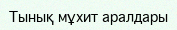
Тынық мұхит аралдары